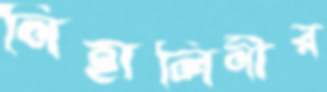
নিহালিনীর